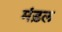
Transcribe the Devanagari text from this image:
मंड़ल